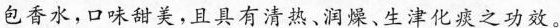
包香水，口味甜美，且具有清热、润燥、生津化痰之功效。